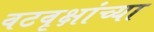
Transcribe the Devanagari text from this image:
वटवृक्षांच्या